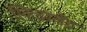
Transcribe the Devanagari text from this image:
स्वित्झ्रर्लँड